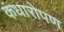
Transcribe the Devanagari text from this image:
कंधारोपण